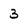
Character: 3